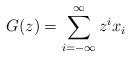
LaTeX: \begin{align*}G(z)=\sum_{i=-\infty}^{\infty}z^ix_i \end{align*}